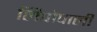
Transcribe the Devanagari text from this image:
लिपोपाली